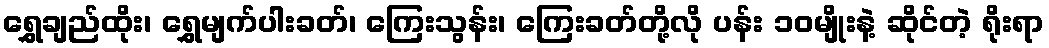
ရွှေချည်ထိုး၊ ရွှေမျက်ပါးခတ်၊ ကြေးသွန်း၊ ကြေးခတ်တို့လို ပန်း ၁၀မျိုးနဲ့ ဆိုင်တဲ့ ရိုးရာ